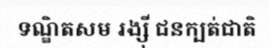
ទណ្ឌិតសម រង្ស៊ី ជនក្បត់ជាតិ